Civil Veterinary Department Bengal reports 1923-33 - 1923-1933
Year: 1923
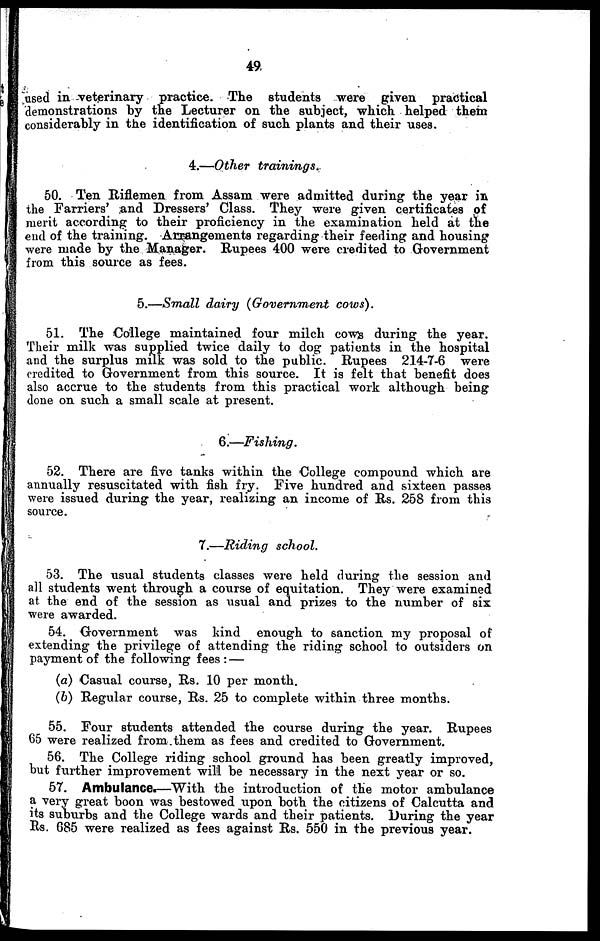
49
used in veterinary practice. The students were given practical
demonstrations by the Lecturer on the subject, which helped them
considerably in the identification of such plants and their uses.
4.—Other
trainings.
50. Ten Riflemen from Assam were admitted during the year in
the Farriers' and Dressers' Class. They were given certificates of
merit according to their proficiency in the examination held at the
end of the training. Arrangements regarding their feeding and housing
were made by the Manager. Rupees 400 were credited to Government
from this source as fees.
5.—Small dairy (Government cows).
51. The College maintained four milch cows during the year.
Their milk was supplied twice daily to dog patients in the hospital
and the surplus milk was sold to the public. Rupees 214-7-6 were
credited to Government from this source. It is felt that benefit does
also accrue to the students from this practical work although being
done on such a small scale at present.
6.—Fishing.
52. There are five tanks within the College compound which are
annually resuscitated with fish fry. Five hundred and sixteen passes
were issued during the year, realizing an income of Rs. 258 from this
source.
7.—Riding school.
53. The usual students classes were held during the session and
all students went through a course of equitation. They were examined
at the end of the session as usual and prizes to the number of six
were awarded.
54. Government was kind enough to sanction my proposal of
extending the privilege of attending the riding school to outsiders on
payment of the following fees : —
(a) Casual course, Rs. 10 per month.
(b) Regular course, Rs. 25 to complete within three months.
55. Four students attended the course during the year. Rupees
65 were realized from.them as fees and credited to Government.
56. The College riding school ground has been greatly improved,
but further improvement will be necessary in the next year or so.
57. Ambulance.—With the introduction of the motor ambulance
a very great boon was bestowed upon both the citizens of Calcutta and
its suburbs and the College wards and their patients. During the year
Rs. 685 were realized as fees against Rs. 550 in the previous year.